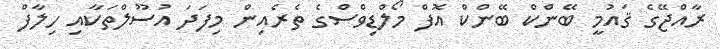
ރާއްޖޭގެ ޤައުމީ ބޭންކް ބޭންކް އޮފް މޯލްޑިވްސްގެ ތެރެއިން މިފަދަ އުސޫލްތަކާއި ހިލާފް